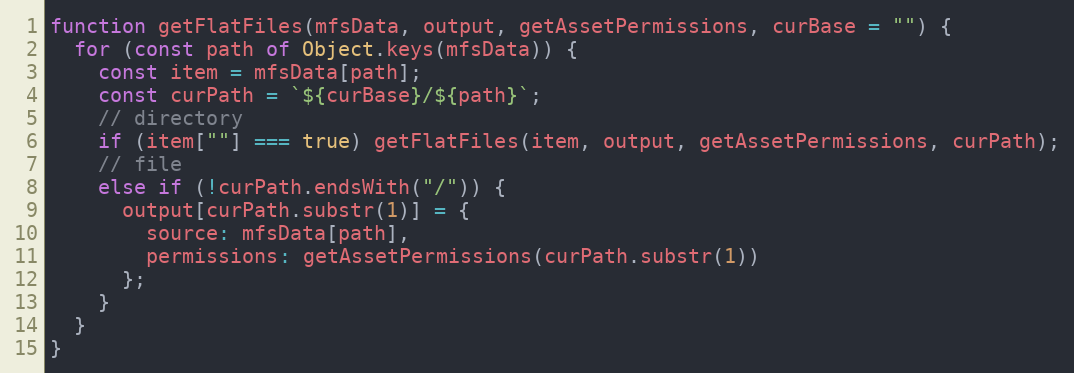
Language: JavaScript
function getFlatFiles(mfsData, output, getAssetPermissions, curBase = "") {
  for (const path of Object.keys(mfsData)) {
    const item = mfsData[path];
    const curPath = `${curBase}/${path}`;
    // directory
    if (item[""] === true) getFlatFiles(item, output, getAssetPermissions, curPath);
    // file
    else if (!curPath.endsWith("/")) {
      output[curPath.substr(1)] = {
        source: mfsData[path],
        permissions: getAssetPermissions(curPath.substr(1))
      };
    }
  }
}